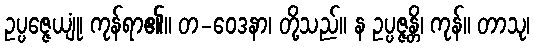
ဥပ္ပဇ္ဇေယျုံ၊ ကုန်ရာ၏။ တ-ဝေဒနာ၊ တို့သည်။ န ဥပ္ပဇ္ဇန္တိ၊ ကုန်။ တာသု၊